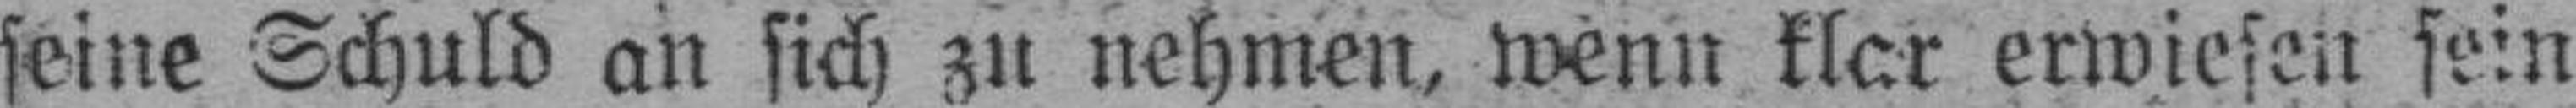
seine Schuld an sich zu nehmen, wenn klar erwiesen sein